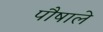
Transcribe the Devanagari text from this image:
पौषाले